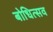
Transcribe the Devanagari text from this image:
बोधित्सव